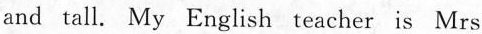
and tall. My English teacher is Mrs